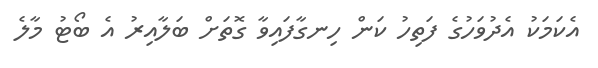
އެކަމަކު އެދުވަހުގެ ފަތިހު ކަން ހިނގާފައިވާ ގޮތަށް ބަލާއިރު އެ ބޯޓު މާލެ